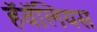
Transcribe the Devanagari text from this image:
हॅवॅलियस